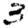
Digit: 3